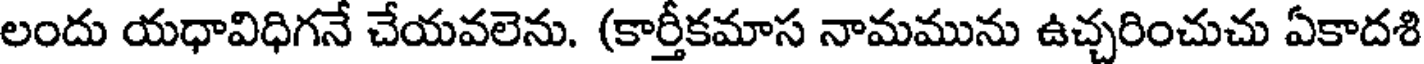
లందు యధావిధిగనే చేయవలెను. (కార్తీకమాస నామమును ఉచ్చరించుచు ఏకాదశి